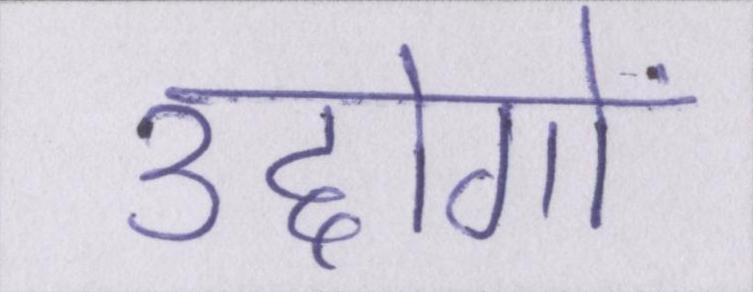
उद्दोगों